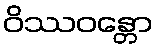
ဝိဿဝန္တော